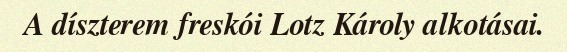
A díszterem freskói Lotz Károly alkotásai.